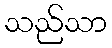
သည်သာ